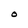
Character: O